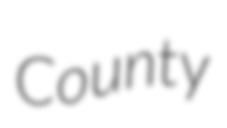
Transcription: County